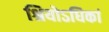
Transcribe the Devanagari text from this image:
श्रियोऽधिकां